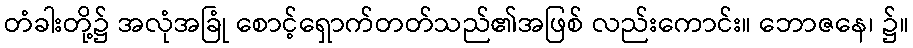
တံခါးတို့၌ အလုံအခြုံ စောင့်ရှောက်တတ်သည်၏အဖြစ် လည်းကောင်း။ ဘောဇနေ၊ ၌။